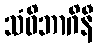
သံဝိဘာဂိနီ